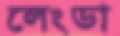
লেংডা